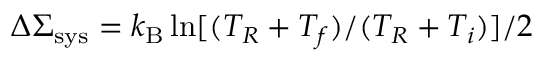
\Delta \Sigma _ { \mathrm { s y s } } = k _ { \mathrm { B } } \ln [ ( T _ { R } + T _ { f } ) / ( T _ { R } + T _ { i } ) ] / 2